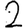
Digit: 2